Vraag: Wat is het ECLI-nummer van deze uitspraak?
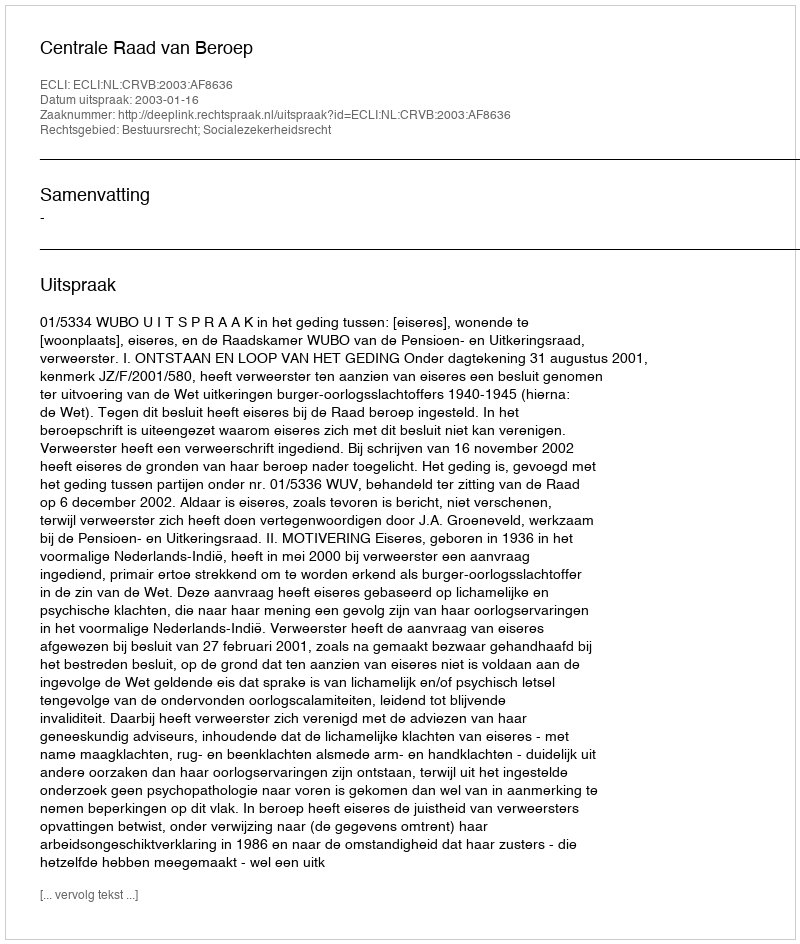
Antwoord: ECLI:NL:CRVB:2003:AF8636